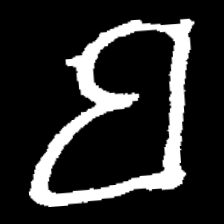
Pyu character \u2014 Myanmar letter: ဗ (romanized: ba)